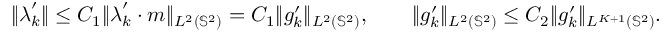
\| \boldsymbol { \lambda } _ { k } ^ { \prime } \| \leq C _ { 1 } \| \boldsymbol { \lambda } _ { k } ^ { \prime } \cdot \boldsymbol { m } \| _ { L ^ { 2 } ( \mathbb { S } ^ { 2 } ) } = C _ { 1 } \| g _ { k } ^ { \prime } \| _ { L ^ { 2 } ( \mathbb { S } ^ { 2 } ) } , \qquad \| g _ { k } ^ { \prime } \| _ { L ^ { 2 } ( \mathbb { S } ^ { 2 } ) } \leq C _ { 2 } \| g _ { k } ^ { \prime } \| _ { L ^ { K + 1 } ( \mathbb { S } ^ { 2 } ) } .